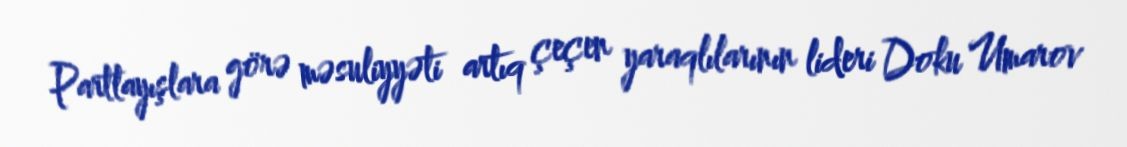
Partlayışlara görə məsuliyyəti artıq çeçen yaraqlılarının lideri Doku Umarov